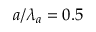
a / \lambda _ { a } = 0 . 5